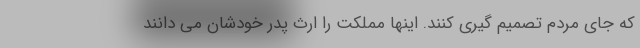
که جای مردم تصمیم گیری کنند. اینها مملکت را ارث پدر خودشان می دانند